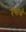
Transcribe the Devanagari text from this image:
रेषांचे